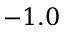
- 1 . 0